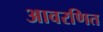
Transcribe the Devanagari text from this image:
आवरणित